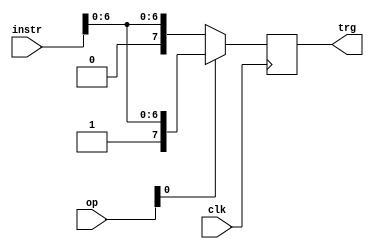
module QueuManager(clk, op, instr, trg);
  
  input clk;
  input [9:0] op;
  input [7:0] instr;
  output reg [7:0] trg;

  initial
  begin
    trg <= 8'b0;
  end

  // For now only to possible operations are distinguished, either wait or puls,
  // respectively op[]=0 and op[]=1
  always @(posedge clk)
    begin
      if (op[0])
        begin
          trg = {1'b1, instr[6:0]};
        end
      else
        begin
          trg = {1'b0, instr[6:0]};
        end
    end

endmodule